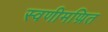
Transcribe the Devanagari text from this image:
स्वणीमण्रित